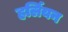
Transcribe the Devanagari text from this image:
हर्लियन